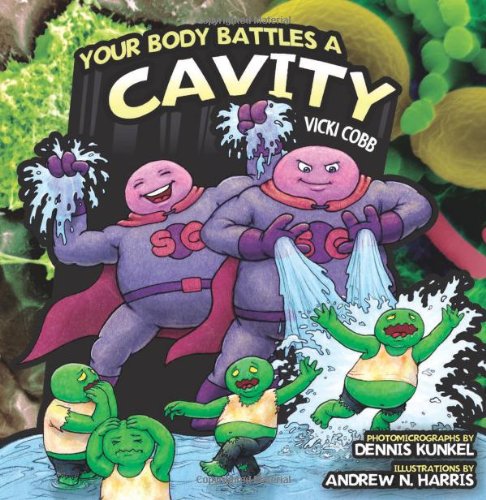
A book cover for Your Body Battles a Cavity; Vicki Cobb; Medical Books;